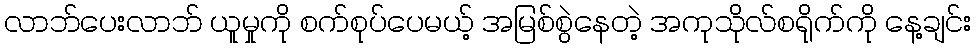
လာဘ်ပေးလာဘ် ယူမှုကို စက်စုပ်ပေမယ့် အမြစ်စွဲနေတဲ့ အကုသိုလ်စရိုက်ကို နေ့ချင်း